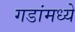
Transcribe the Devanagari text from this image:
गडांमध्ये